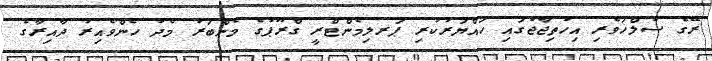
ރޭގެ ސުލްހަވެރި އިހުތިޖާޖުގައި ހައްޔަރުކުރި ޕަރލިމެންޓްރީ ގްރޫޕުގެ މެންބަރު މެދު ހެންވެއިރު ދާއިރާގެ